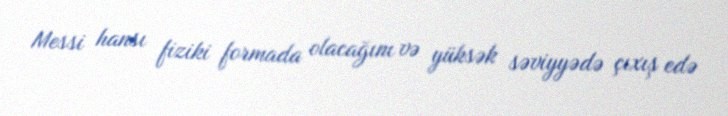
Messi hansı fiziki formada olacağını və yüksək səviyyədə çıxış edə